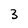
Character: 3